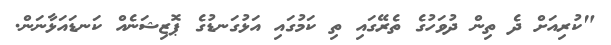
"ކުރިއަށް ދެ ތިން ދުވަހުގެ ތެރޭގައި ތި ކަމުގައި އަޅުގަނޑުގެ ޕޮޒިޝަނެއް ކަނޑައަޅާނަން.